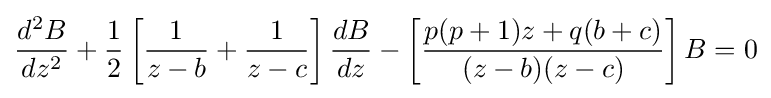
{\frac {d^{2}B}{dz^{2}}}+{\frac {1}{2}}\left[{\frac {1}{z-b}}+{\frac {1}{z-c}}\right]{\frac {dB}{dz}}-\left[{\frac {p(p+1)z+q(b+c)}{(z-b)(z-c)}}\right]B=0